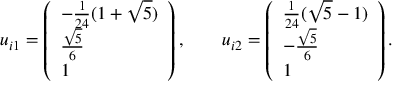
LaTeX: u _ { i 1 } = \left( \begin{array} { l } { { - \frac { 1 } { 2 4 } ( 1 + \sqrt { 5 } ) } } \\ { { \frac { \sqrt { 5 } } { 6 } } } \\ { { 1 } } \end{array} \right) , \qquad u _ { i 2 } = \left( \begin{array} { l } { { \frac { 1 } { 2 4 } ( \sqrt { 5 } - 1 ) } } \\ { { - \frac { \sqrt { 5 } } { 6 } } } \\ { { 1 } } \end{array} \right) .